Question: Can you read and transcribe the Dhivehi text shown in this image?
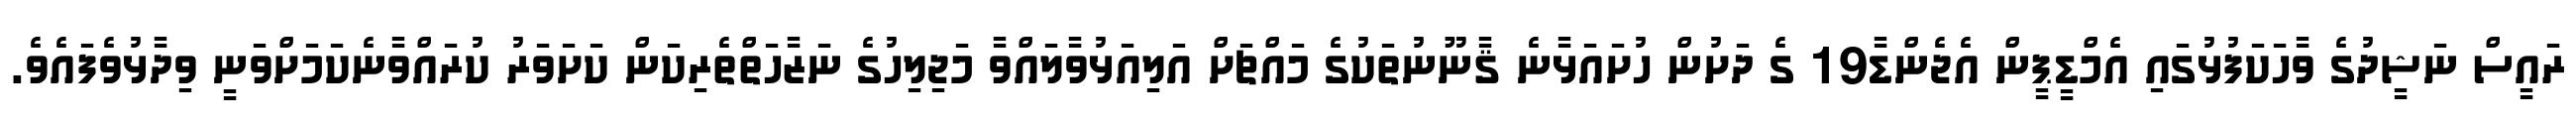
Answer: ރައީސް ނަޝީދުގެ ވާހަކަފުޅުގައި އެމްޑީޕީން އެޖެންޑާ19 ގެ ދަށުން ހުށައަޅާނެ ޤާނޫނުތަކުގެ މައްޗަށް އަލިއަޅުވާލައްވާ މަޖިލިހުގެ ނަޒާހަތްތެރިކަން ކަށަވަރު ކުރައްވާނެކަމަށްވަނީ ވިދާޅުވެފައެވެ.